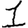
Digit: 1